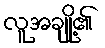
လူအချို့၏